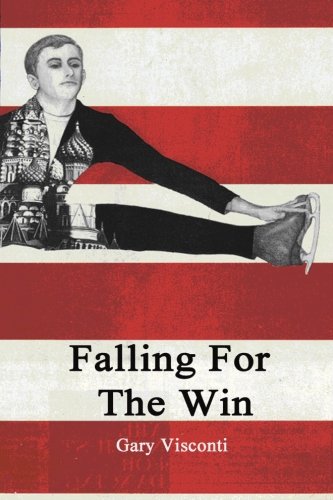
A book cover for Falling For The Win; Gary Visconti; Sports & Outdoors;